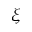
\boldsymbol { \xi }